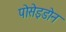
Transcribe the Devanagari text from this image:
पोसेइडोन